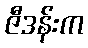
ဇီဒန်းက